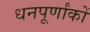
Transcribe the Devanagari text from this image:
धनपूर्णांकों